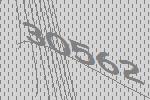
30562